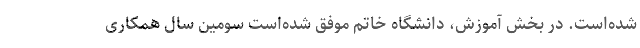
شده‌است. در بخش آموزش، دانشگاه خاتم موفق شده‌است سومین سال همکاری